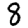
Digit: 8